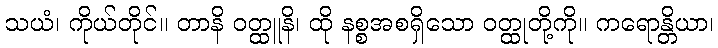
သယံ၊ ကိုယ်တိုင်။ တာနိ ဝတ္ထူနိ၊ ထို နစ္စအစရှိသော ဝတ္ထုတို့ကို။ ကရောန္တိယာ၊